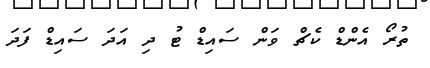
ތުރޯ އެންޑް ކެޗް ވަން ސައިޑް ޓު ދި އަދަ ސައިޑް ފަދަ